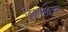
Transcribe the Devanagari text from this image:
बिकासक्षेत्रका